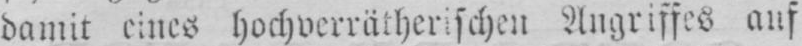
Angriffes auf